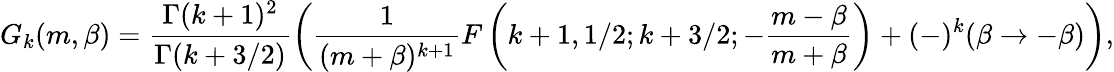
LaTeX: G_{k}(m,\beta)=\frac{\Gamma(k+1)^{2}}{\Gamma(k+3/2)}\left(\frac{1}{(m+\beta)^{k+1}}F\left(k+1,1/2;k+3/2;-\frac{m-\beta}{m+\beta}\right)+(-)^{k}(\beta\rightarrow-\beta)\right),